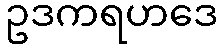
ဥဒကရဟဒေ